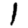
Digit: 1